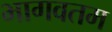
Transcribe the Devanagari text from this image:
भागवतम